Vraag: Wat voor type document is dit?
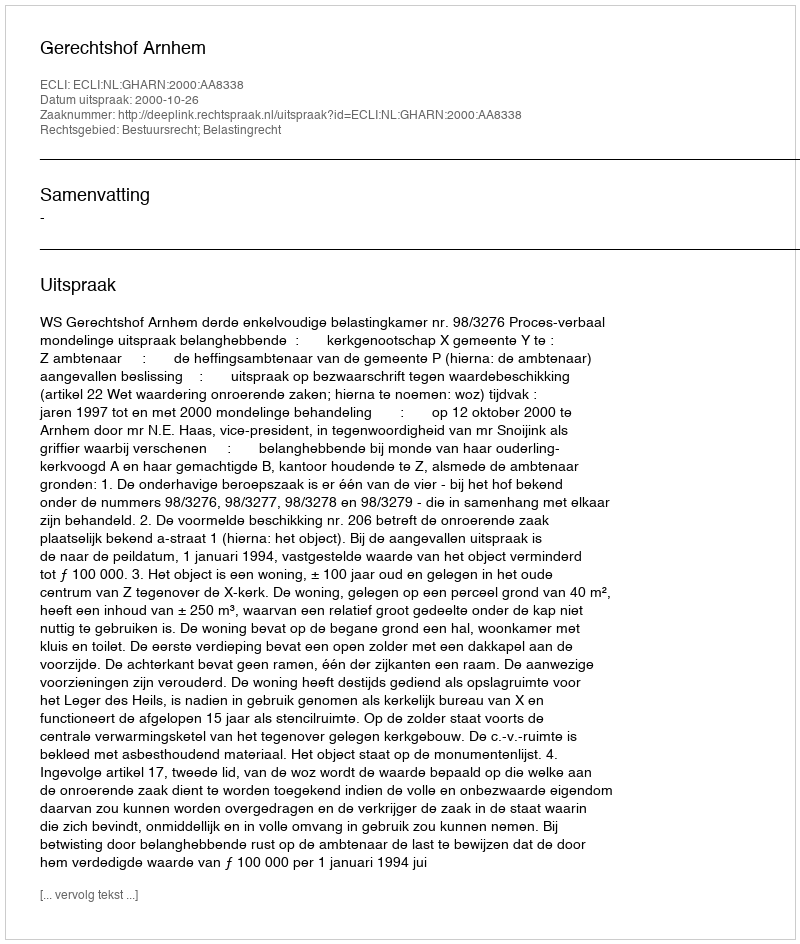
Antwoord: Uitspraak